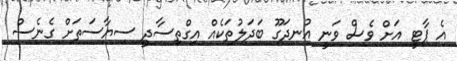
އެ ޕާޓީ އަށް ވެސް ވަނީ އުނދަގޫ ބަދަލުތަކެއް އިގްތިސާދީ ސިޔާސަތަށް ގެނެސް